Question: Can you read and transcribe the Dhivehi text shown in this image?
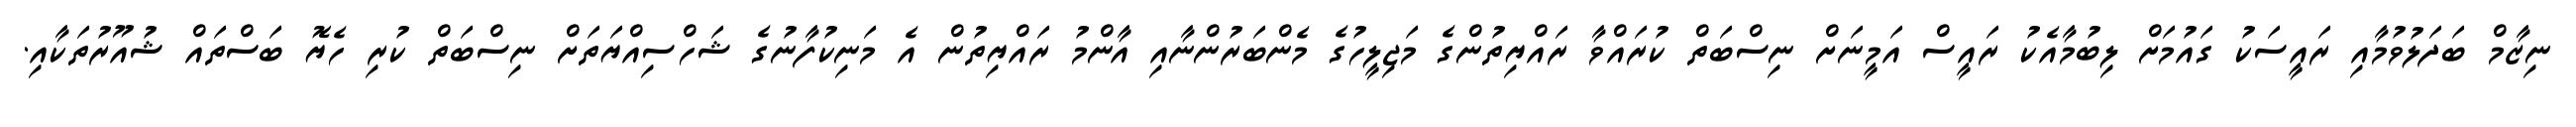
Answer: ނިޒާމް ބަދަލުވުމާއި ރައީސަކު ގައުމަށް ލިބުމާއެކު ރައީސް އަމީނަށް ނިސްބަތް ކުރައްވާ ރައްޔިތުންގެ މަޖިލީހުގެ މެންބަރުންނާއި އާންމު ރައްޔިތުން އެ މަނިކުފާނުގެ ޝަހްސިއްޔަތަށް ނިސްބަތް ކުރި ހެޔޮ ބަސްތައް ޝުއޫރުތަކާއި.